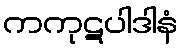
ကကုဋပါဒါနံ